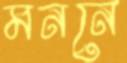
মননে